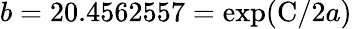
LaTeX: b=20.4562557=\exp({\mathrm{C}}/2a)